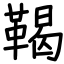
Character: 鞨